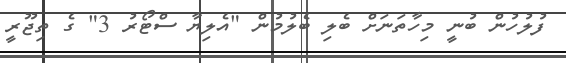
ފުލުހުން ބުނީ މިހާތަނަށް ބެލި ބެލުމުން "އެލިޔާ ސްޓޯރު 3" ގެ ތިޖޫރީ